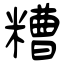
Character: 糟